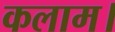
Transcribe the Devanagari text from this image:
कलाम।